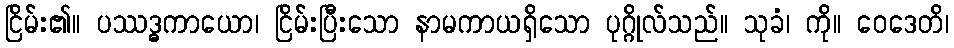
ငြိမ်း၏။ ပဿဒ္ဓကာယော၊ ငြိမ်းပြီးသော နာမကာယရှိသော ပုဂ္ဂိုလ်သည်။ သုခံ၊ ကို။ ဝေဒေတိ၊